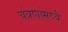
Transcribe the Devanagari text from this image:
यंत्रणांमध्ये